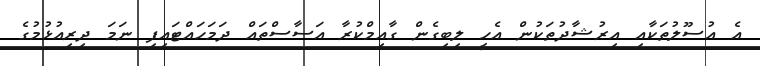
އެ އުސޫލުތަކާއި އިރުޝާދުތަކުން އެހީ ލިބިގެން ގާއިމްކުރާ އަސާސްތައް ދަމަހައްޓައިފި ނަމަ ދިރިއުޅުމުގެ